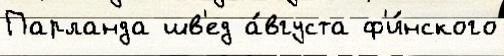
Парланда шв'ед а́вгуста ф'и́нского